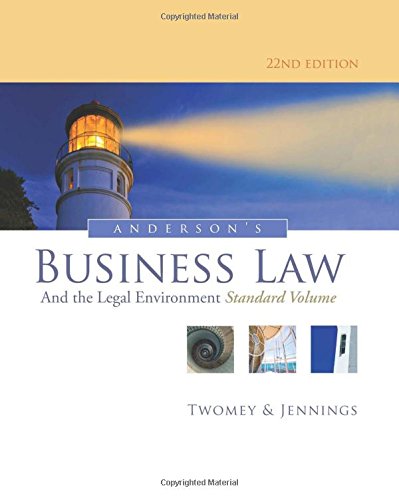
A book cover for Anderson's Business Law and the Legal Environment, Standard Volume, 22nd Edition; David P. Twomey; Law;